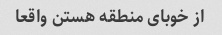
از خوبای منطقه هستن واقعا